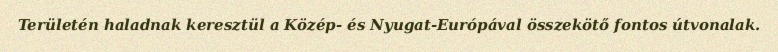
Területén haladnak keresztül a Közép- és Nyugat-Európával összekötő fontos útvonalak.